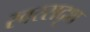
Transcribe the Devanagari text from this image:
स्वरसदृश